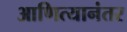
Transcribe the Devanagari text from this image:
आणित्यानंतर